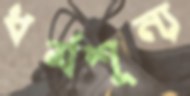
ধর্মশূন্য